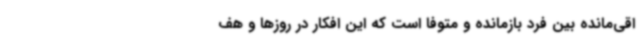
اقی‌مانده بین فرد بازمانده و متوفا است که این افکار در روزها و هف